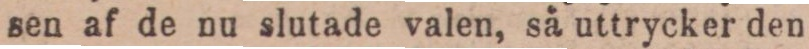
sen af de nu slutade valen, så uttrycker den